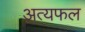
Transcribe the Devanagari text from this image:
अत्यफल